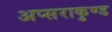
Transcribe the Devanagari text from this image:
अप्सराकुण्ड